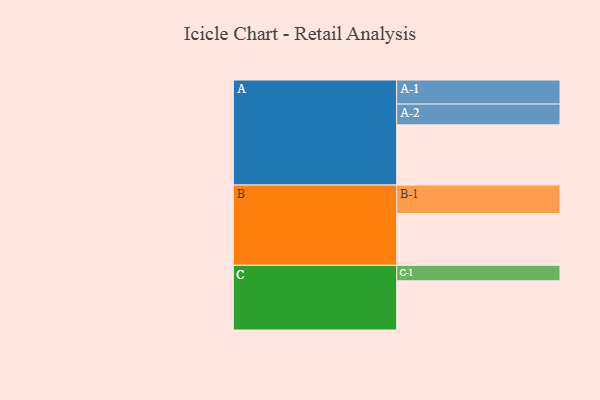
{"axis": {"x": "Segment", "y": "Value"}, "legend": ["", "A", "B", "C"], "data": [{"x": "A", "y": 440, "type": ""}, {"x": "B", "y": 379, "type": ""}, {"x": "C", "y": 360, "type": ""}, {"x": "A-1", "y": 176, "type": "A"}, {"x": "A-2", "y": 152, "type": "A"}, {"x": "B-1", "y": 208, "type": "B"}, {"x": "C-1", "y": 113, "type": "C"}]}